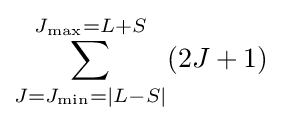
\sum _{J=J_{\min }=|L-S|}^{J_{\max }=L+S}(2J+1)